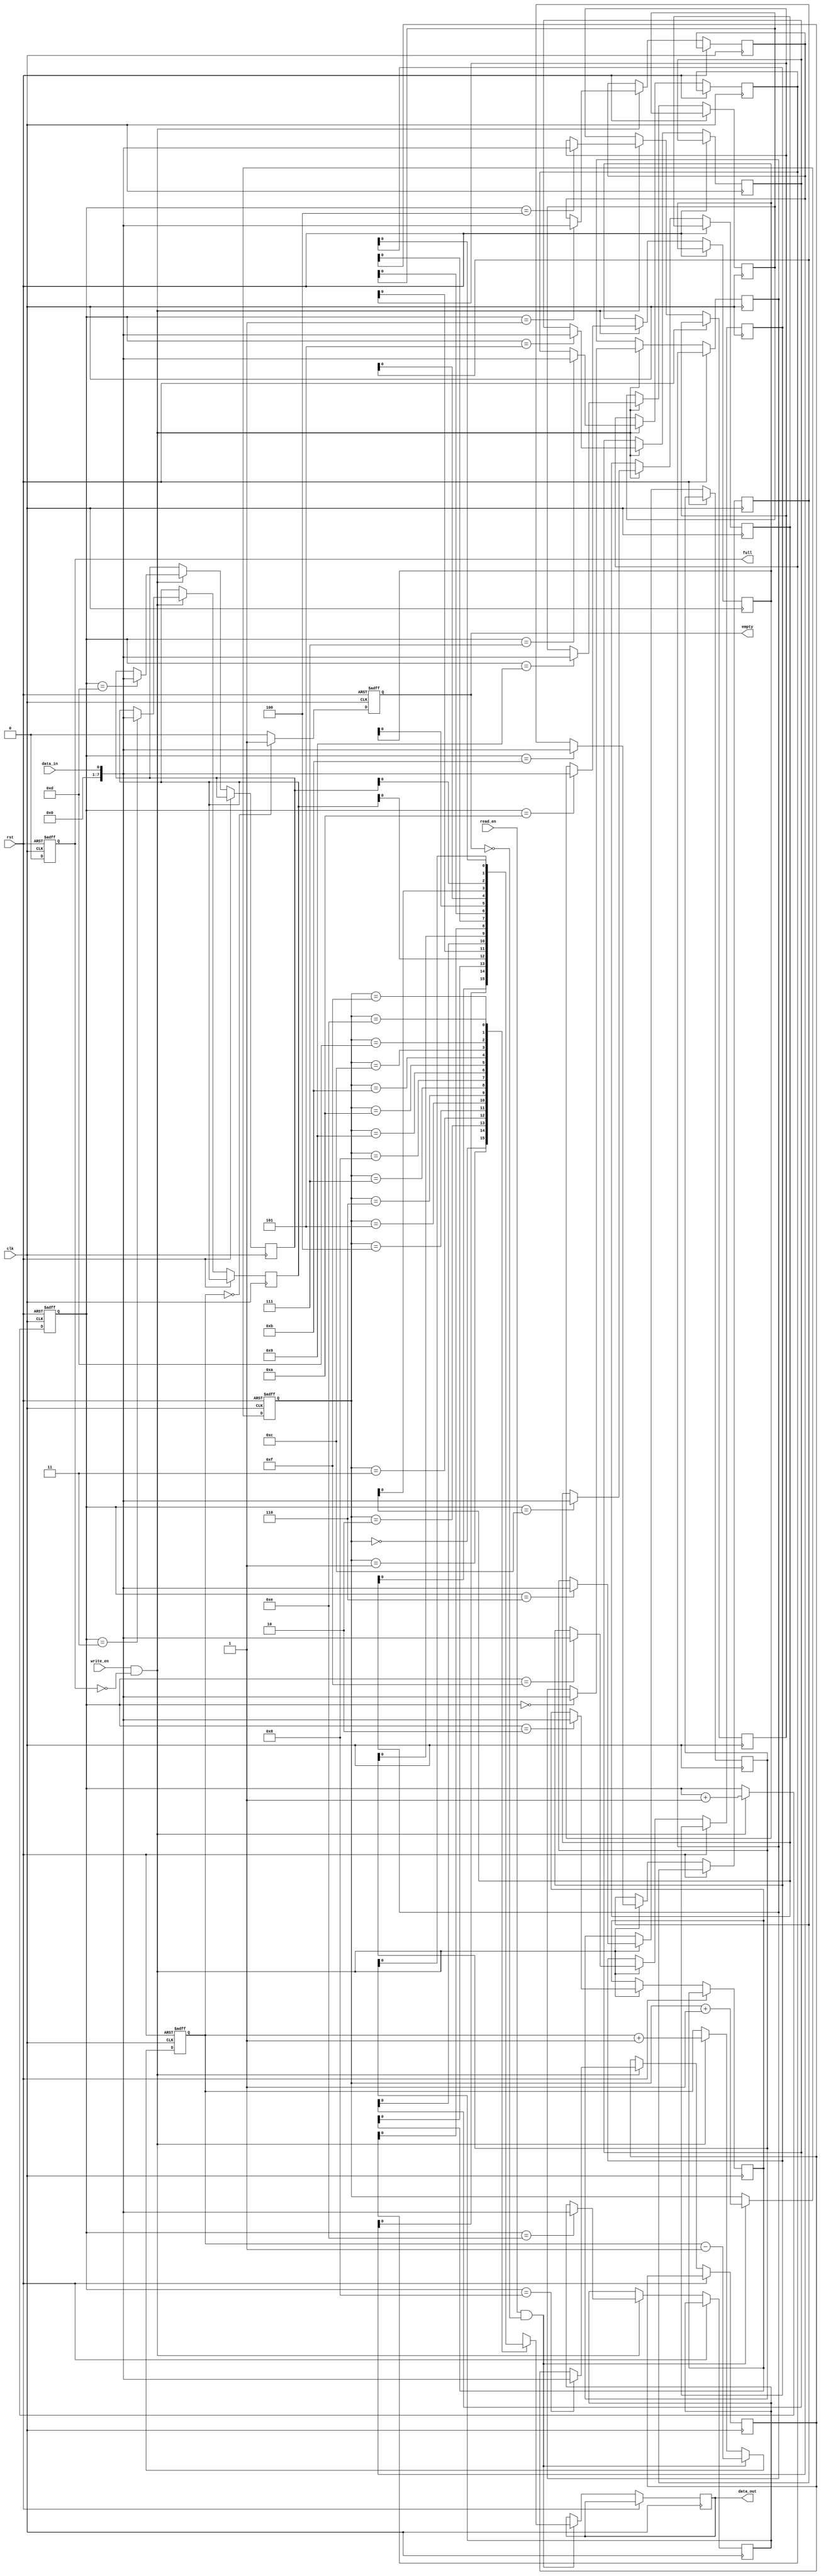
module fifo(
    input wire clk,
    input wire rst,
    input wire write_en,
    input wire read_en,
    input wire data_in,
    output reg data_out,
    output reg full,
    output reg empty
);

parameter fifo_size = 16;
reg [7:0] fifo [0:fifo_size-1];
reg [3:0] write_ptr;
reg [3:0] read_ptr;
reg [3:0] occupancy;

always @ (posedge clk or posedge rst) begin
    if (rst) begin
        write_ptr <= 4'b0;
        read_ptr <= 4'b0;
        occupancy <= 4'b0;
        full <= 1'b0;
        empty <= 1'b1;
    end else begin
        if (write_en && !full) begin
            fifo[write_ptr] <= data_in;
            write_ptr <= write_ptr + 1;
            occupancy <= occupancy + 1;
        end
        
        if (read_en && !empty) begin
            data_out <= fifo[read_ptr];
            read_ptr <= read_ptr + 1;
            occupancy <= occupancy - 1;
        end
        
        if (occupancy == fifo_size) begin
            full <= 1'b1;
        end else begin
            full <= 1'b0;
        end
        
        if (occupancy == 0) begin
            empty <= 1'b1;
        end else begin
            empty <= 1'b0;
        end
    end
end

endmodule